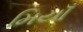
મિયાઁ